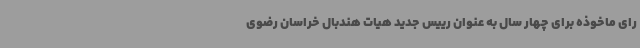
رای ماخوذه برای چهار سال به عنوان رییس جدید هیات هندبال خراسان رضوی